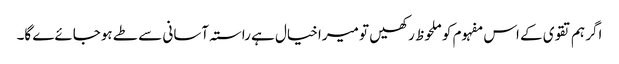
اگر ہم تقوی کے اس مفہوم کو ملحوظ رکھیں تو میرا خیال ہے راستہ آسانی سے طے ہوجائےے گا۔